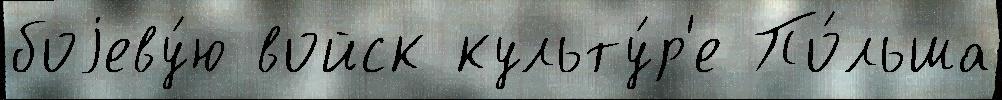
боjеву́ю войск культу́р'е По́льша